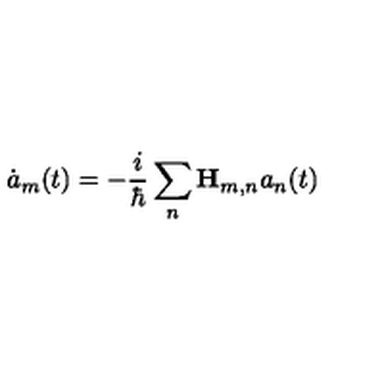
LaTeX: \dot { a } _ { m } ( t ) = - \frac i \hbar \sum _ { n } { \bf H } _ { m , n } a _ { n } ( t )